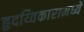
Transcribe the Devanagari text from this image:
हृदय्विकारामध्ये